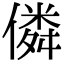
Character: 僯